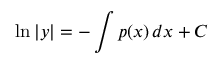
\ln | y | = - \int p ( x ) \, d x + C